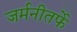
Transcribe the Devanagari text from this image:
जर्मनीतर्फे